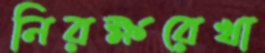
নিরক্ষরেখা